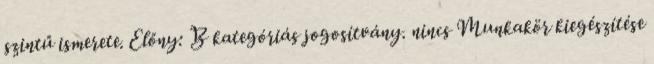
szintű ismerete. Előny: B kategóriás jogosítvány. nincs Munkakör kiegészítése